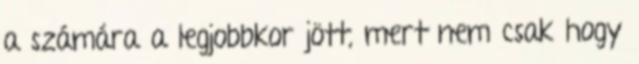
a számára a legjobbkor jött, mert nem csak hogy